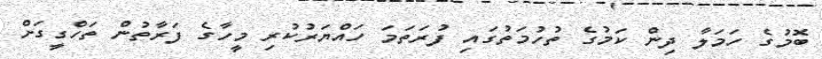
ބޮމުގެ ހަމަލާ ދިން ކަމުގެ ތުހުމަތުގައި ފުރަތަމަ ހައްޔަރުކުރި މީހާގެ ފަރާތުން ތަހްގީގަށް